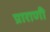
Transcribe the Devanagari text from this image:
प्राराणी